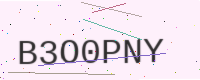
Text: B3O0PNY